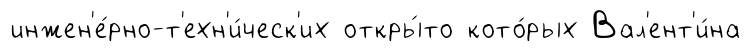
инжен'е́рно-т'ехн'и́ческ'их откры́то кото́рых Вал'ент'и́на